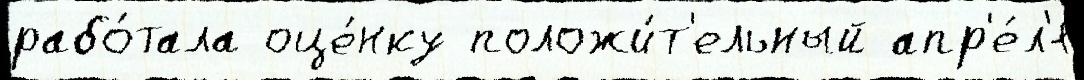
рабо́тала оце́нку положи́т'ельный апр'е́л'я